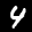
Label: 4